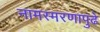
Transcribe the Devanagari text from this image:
नामस्मरणापुढे